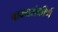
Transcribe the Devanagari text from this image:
वाक्यसंकीर्ण